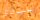
بيردي